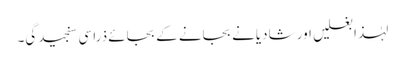
لہٰذا بغلیں اور شادیانے بجانے کے بجائے ذرا سی سنجیدگی۔